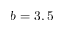
b = 3 , 5